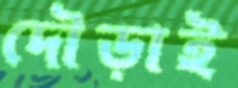
দৌড়াই